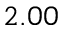
2 . 0 0